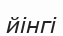
йінгі